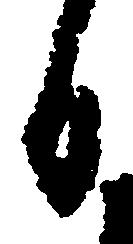
日